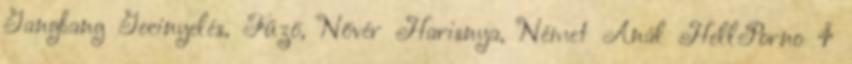
Gangbang Gecinyelés, Fűzö, Nővér Harisnya, Német Anál HellPorno 4